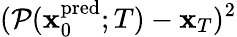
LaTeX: (\mathcal{P}(\mathbf{x}_{0}^{\mathrm{pred}};T)-\mathbf{x}_{T})^{2}